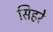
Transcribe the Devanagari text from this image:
सिहरे